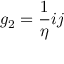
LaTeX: g _ { 2 } = { \frac { 1 } { \eta } } i j